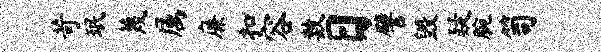
苛珉蔑属廉扣容数日譬毁疑腕笥